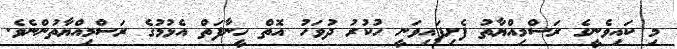
މި ކައިވެނީގެ ރަސްމިއްޔާތު ފެށިފައިވަނީ ހުކުރު ދުވަހު އޮތް ހީނާފަތް އެޅުމުގެ ރަސްމިއްޔާތުންނެވެ.